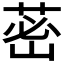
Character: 𦰷